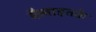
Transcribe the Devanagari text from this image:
मैलाइतके